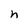
Character: n